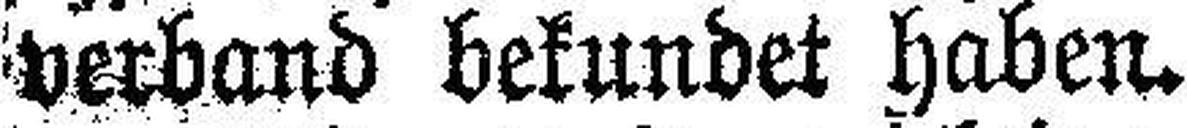
verband bekundet haben.